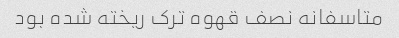
متاسفانه نصف قهوه ترک ریخته شده بود